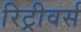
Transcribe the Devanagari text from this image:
रिट्रीवर्स